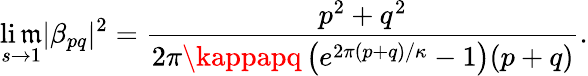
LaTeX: \operatorname*{li\mathfrak{m}}_{s\to1}|\beta_{pq}|^{2}=\frac{{p^{2}+q^{2}}}{{2\pi\kappapq\left(e^{2\pi(p+q)/\kappa}-1\right)(p+q)}}.